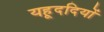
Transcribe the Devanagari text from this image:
यहूददियों